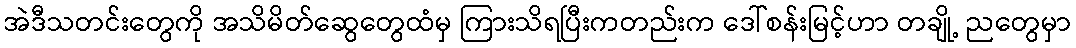
အဲဒီသတင်းတွေကို အသိမိတ်ဆွေတွေထံမှ ကြားသိရပြီးကတည်းက ဒေါ်စန်းမြင့်ဟာ တချို့ ညတွေမှာ